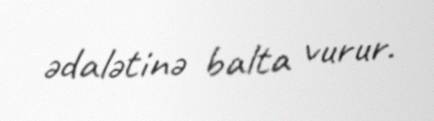
ədalətinə balta vurur.